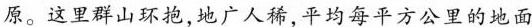
原。这里群山环抱,地广人稀，平均每平方公里的地面